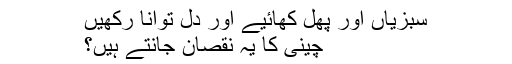
سبزیاں اور پھل کھائیے اور دل توانا رکھیں
چینی کا یہ نقصان جانتے ہیں؟